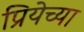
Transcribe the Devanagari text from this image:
प्रियेच्या